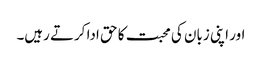
اور اپنی زبان کی محبت کا حق ادا کرتے رہیں۔